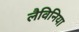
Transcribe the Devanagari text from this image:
लैविनिया